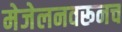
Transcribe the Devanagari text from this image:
मेजेलनवरूनच